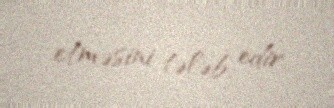
etməsini tələb edir.